Leprosy in India: report of the Leprosy Commission in India, 1890-91
Year: 1890
Disease focus: Leprosy
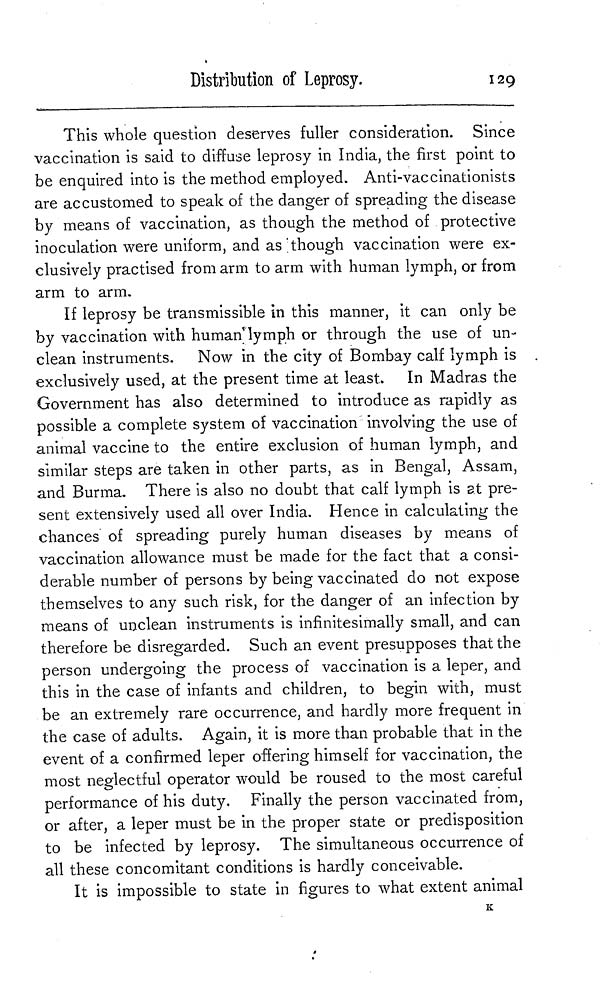
Distribution of Leprosy.
129
This whole question deserves fuller consideration. Since
vaccination is said to diffuse leprosy in India, the first point to
be enquired into is the method employed. Anti-vaccinationists
are accustomed to speak of the danger of spreading the disease
by means of vaccination, as though the method of protective
inoculation were uniform, and as though vaccination were ex-
clusively practised from arm to arm with human lymph, or from
arm to arm.
If leprosy be transmissible in this manner, it can only be
by vaccination with human lymph or through the use of un-
clean instruments. Now in the city of Bombay calf lymph is
exclusively used, at the present time at least. In Madras the
Government has also determined to introduce as rapidly as
possible a complete system of vaccination involving the use of
animal vaccine to the entire exclusion of human lymph, and
similar steps are taken in other parts, as in Bengal, Assam,
and Burma. There is also no doubt that calf lymph is et pre-
sent extensively used all over India. Hence in calculating the
chances of spreading purely human diseases by means of
vaccination allowance must be made for the fact that a consi-
derable number of persons by being vaccinated do not expose
themselves to any such risk, for the danger of an infection by
means of unclean instruments is infinitesimally small, and can
therefore be disregarded. Such an event presupposes that the
person undergoing the process of vaccination is a leper, and
this in the case of infants and children, to begin with, must
be an extremely rare occurrence, and hardly more frequent in
the case of adults. Again, it is more than probable that in the
event of a confirmed leper offering himself for vaccination, the
most neglectful operator would be roused to the most careful
performance of his duty. Finally the person vaccinated from,
or after, a leper must be in the proper state or predisposition
to be infected by leprosy. The simultaneous occurrence of
all these concomitant conditions is hardly conceivable.
It is impossible to state in figures to what extent animal
K